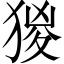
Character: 猣